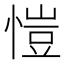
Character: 愷